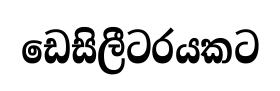
ඩෙසිලීටරයකට